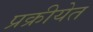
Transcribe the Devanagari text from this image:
प्रक्रीयेत